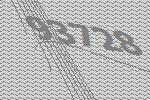
93728